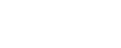
သုံးခြင်းသည်